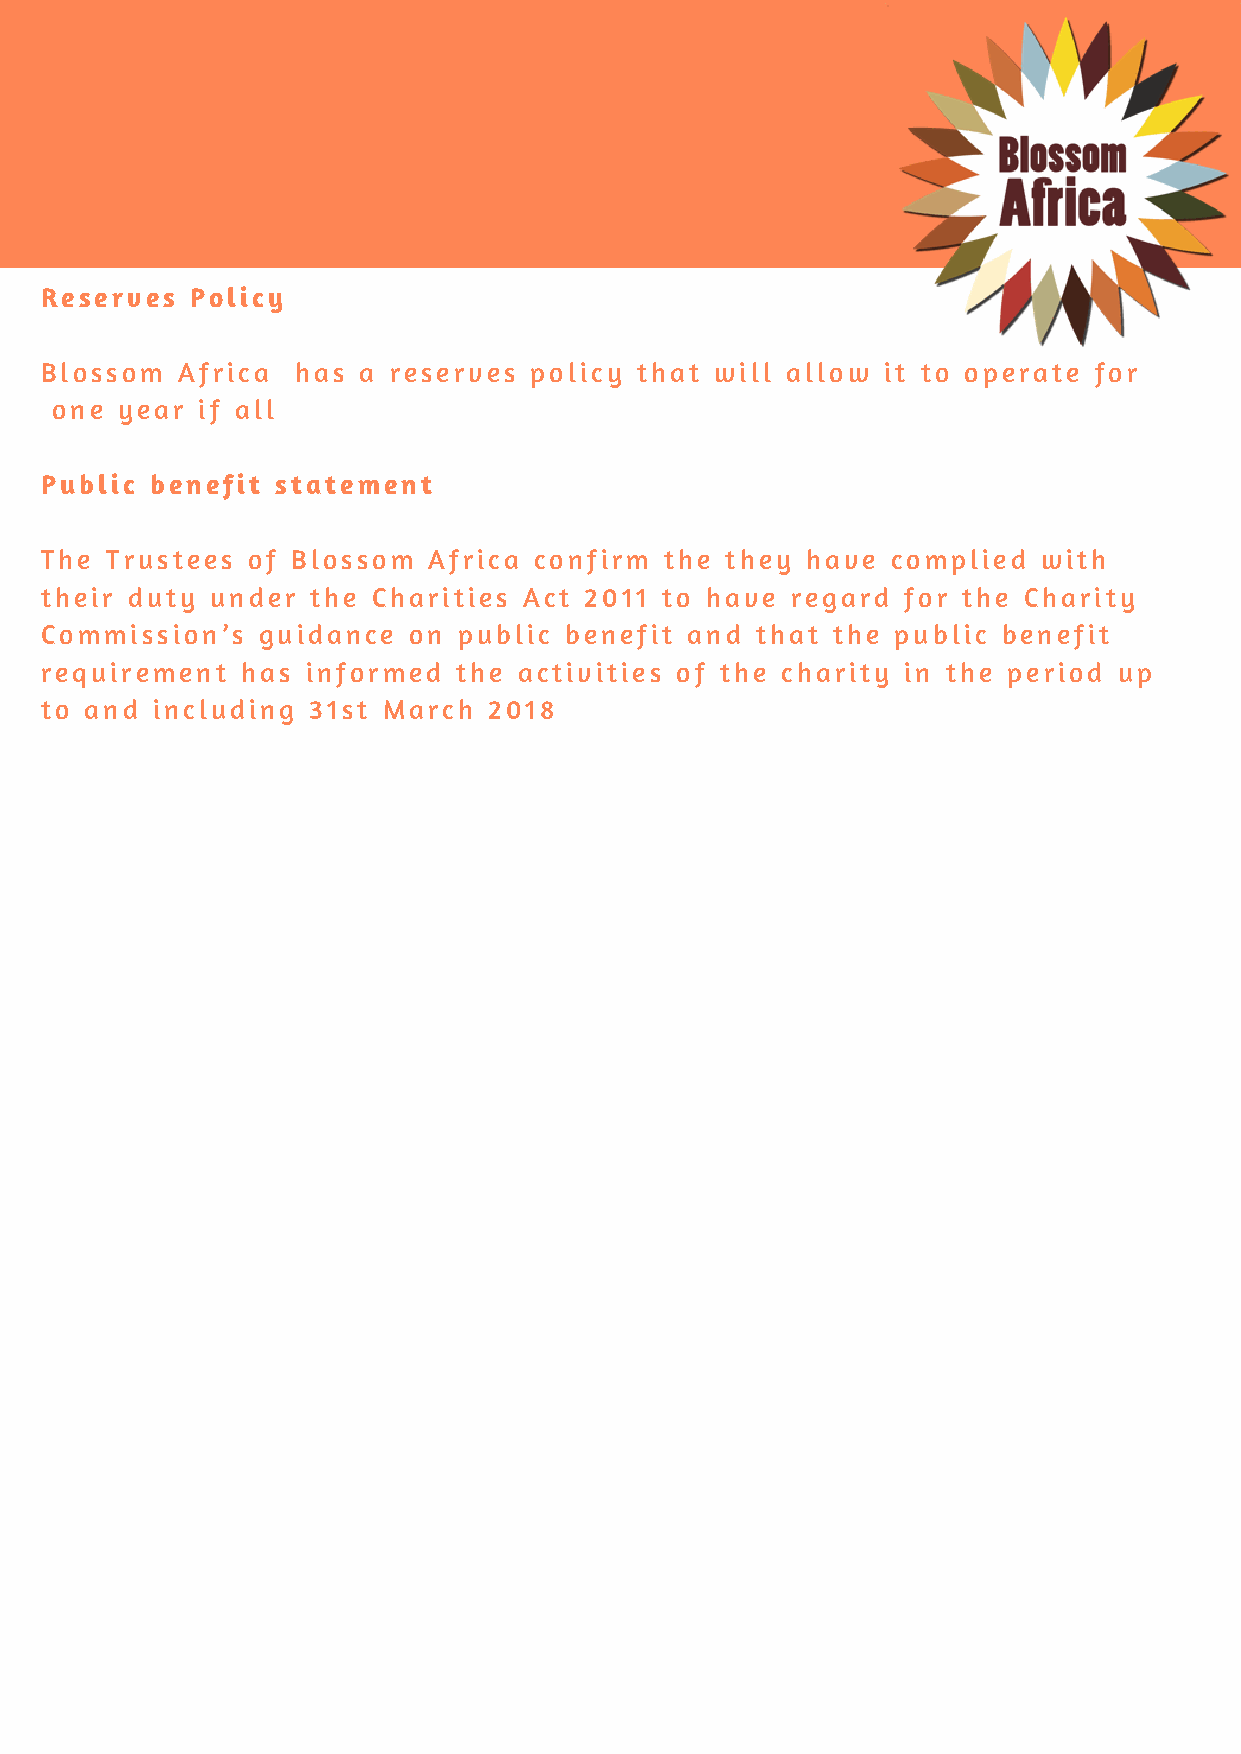
Reserves  Policy
 Blossom  Africa  has a reserves policy that will allow  it to operate for
 one  year if all
 Public benefit statement
 The Trustees of Blossom  Africa confirm  the they have  complied  with
 their duty under  the Charities Act 2011 to have regard  for the Charity
 Commission’s  guidance  on public benefit and  that the public benefit
 requirement  has informed  the activities of the charity in the period up
 to and including 31st March  2018